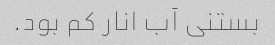
بستنی آب انار کم بود.